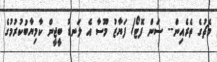
މެޗުގެ ތެރެއިން-- ސަން ފޮޓޯ/ ފަޔާޒު މޫސާ އެ ލަނޑު ބީޖީން ކާމިޔާބުކުރުމުގެ